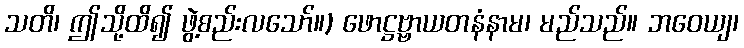
သတိ၊ ဤသို့ထိ၍ ဖွဲ့စည်းလသော်။) ဖောဋ္ဌဗ္ဗာယတနံနာမ၊ မည်သည်။ ဘဝေယျ၊